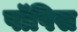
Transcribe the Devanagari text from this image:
पॉपिस